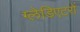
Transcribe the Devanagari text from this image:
ग्लेडिएटरों